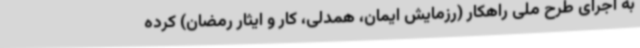
به اجرای طرح ملی راهکار (رزمایش ایمان، همدلی، کار و ایثار رمضان) کرده